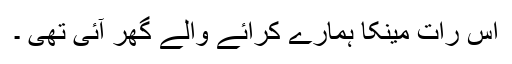
اس رات مینکا ہمارے کرائے والے گھر آئی تھی ۔